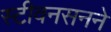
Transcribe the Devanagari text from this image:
स्टीवनसनने